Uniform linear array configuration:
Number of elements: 32
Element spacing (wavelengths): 1
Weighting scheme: binomial
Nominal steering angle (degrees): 30
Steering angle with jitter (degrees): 31.504
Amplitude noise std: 0.05
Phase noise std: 0.05

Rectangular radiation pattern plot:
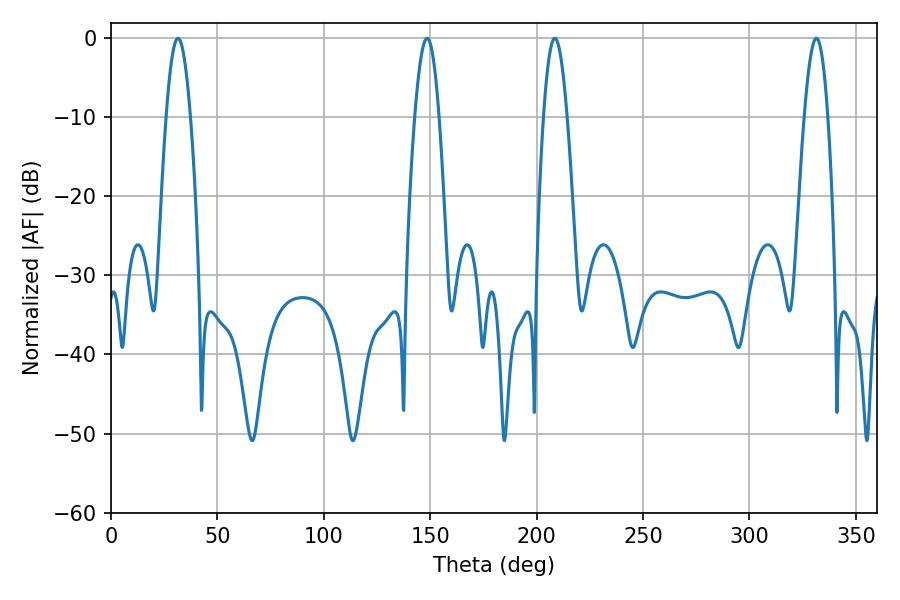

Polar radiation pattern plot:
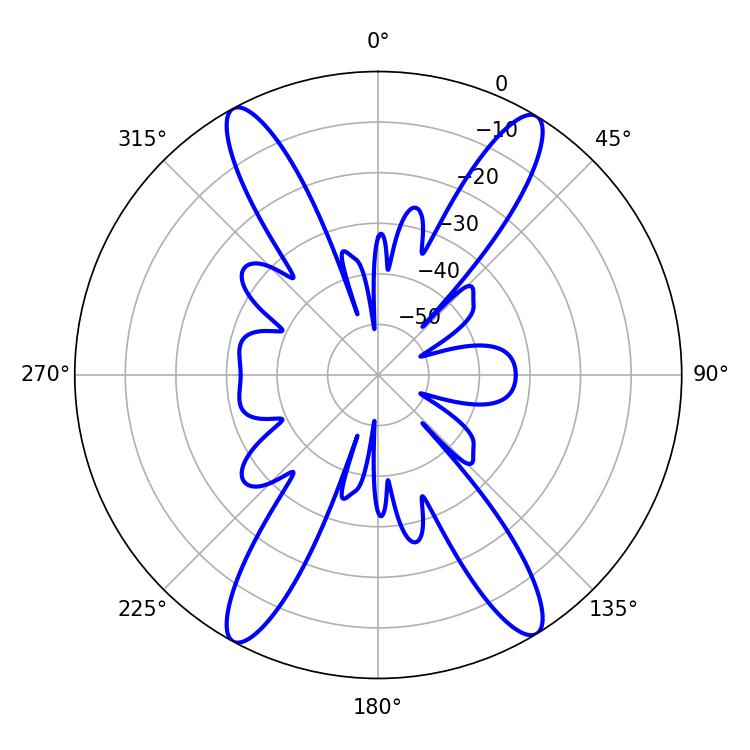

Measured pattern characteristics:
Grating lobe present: TRUE
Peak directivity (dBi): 22.031
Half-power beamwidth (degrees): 6.12
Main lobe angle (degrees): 31.5